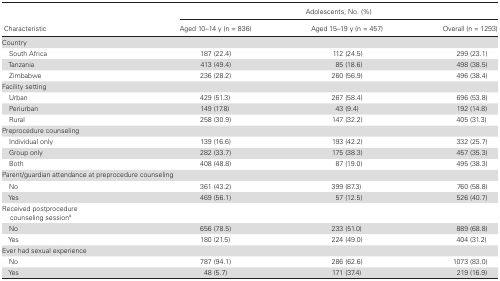
| <ROWSPAN=2> Characteristic | <COLSPAN=3> Adolescents, No. (%) |
 | Aged 10–14 y (n = 836) | Aged 15–19 y (n = 457) | Overall (n = 1293) |
 | --- | --- | --- | --- |
 | Country |  |  |  |
 | South Africa | 187 (22.4) | 112 (24.5) | 299 (23.1) |
 | Tanzania | 413 (49.4) | 85 (18.6) | 498 (38.5) |
 | Zimbabwe | 236 (28.2) | 260 (56.9) | 496 (38.4) |
 | Facility setting |  |  |  |
 | Urban | 429 (51.3) | 267 (58.4) | 696 (53.8) |
 | Periurban | 149 (17.8) | 43 (9.4) | 192 (14.8) |
 | Rural | 258 (30.9) | 147 (32.2) | 405 (31.3) |
 | Preprocedure counseling |  |  |  |
 | Individual only | 139 (16.6) | 193 (42.2) | 332 (25.7) |
 | Group only | 282 (33.7) | 175 (38.3) | 457 (35.3) |
 | Both | 408 (48.8) | 87 (19.0) | 495 (38.3) |
 | Parent/guardian attendance at preprocedure counseling |  |  |  |
 | No | 361 (43.2) | 399 (87.3) | 760 (58.8) |
 | Yes | 469 (56.1) | 57 (12.5) | 526 (40.7) |
 | Received postprocedure counseling sessiona |  |  |  |
 | No | 656 (78.5) | 233 (51.0) | 889 (68.8) |
 | Yes | 180 (21.5) | 224 (49.0) | 404 (31.2) |
 | Ever had sexual experience |  |  |  |
 | No | 787 (94.1) | 286 (62.6) | 1073 (83.0) |
 | Yes | 48 (5.7) | 171 (37.4) | 219 (16.9) |